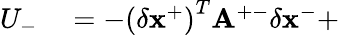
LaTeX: \begin{array}{rl}{U_{-}}&{{}=-\left(\delta\mathbf{x}^{+}\right)^{T}\mathbf{A}^{+-}\delta\mathbf{x}^{-}+}\end{array}